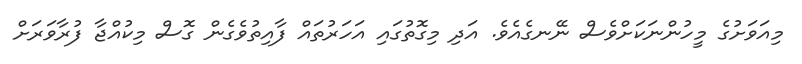
މިއަވަށުގެ މީހުންނަކަށްވެސް ނޭނގެއެވެ. އަދި މިގޮތުގައި އަހަރުތައް ފާއިތުވެގެން ގޮސް މިކުއްޖާ ފުރާވަރަށް